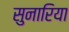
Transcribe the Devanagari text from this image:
सुनारिया